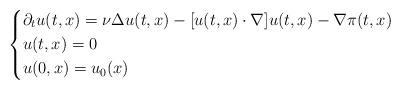
LaTeX: \begin{align*} \left \{\begin{aligned} &\partial_t u(t, x) =\nu \Delta u(t, x) - [u(t, x)\cdot \nabla] u(t, x) - \nabla \pi(t, x) \\& u(t, x)=0 \\ &u(0,x)= u_{0}(x)\end{aligned}\right .\end{align*}